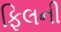
ફિલની